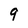
Character: 9